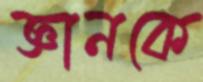
জ্ঞানকে